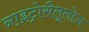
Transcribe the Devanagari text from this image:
नाइट्रोसैलूलोज़